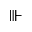
\Vvdash